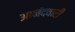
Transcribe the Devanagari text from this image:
आनंदवारी